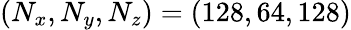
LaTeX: (N_{x},N_{y},N_{z})=(128,64,128)